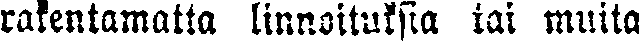
rakentamatta linnoituksia tai muita